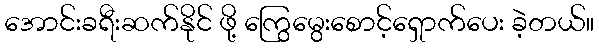
အောင်းခရီးဆက်နိုင် ဖို့ ကြွေမွေးစောင့်ရှောက်ပေး ခဲ့တယ်။